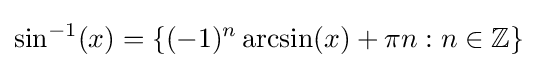
\sin ^{-1}(x)=\{(-1)^{n}\arcsin(x)+\pi n:n\in \mathbb {Z} \}